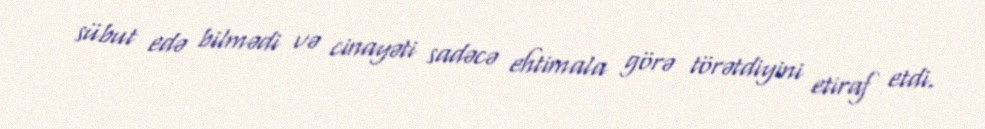
sübut edə bilmədi və cinayəti sadəcə ehtimala görə törətdiyini etiraf etdi.